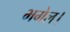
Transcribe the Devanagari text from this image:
भगेल।